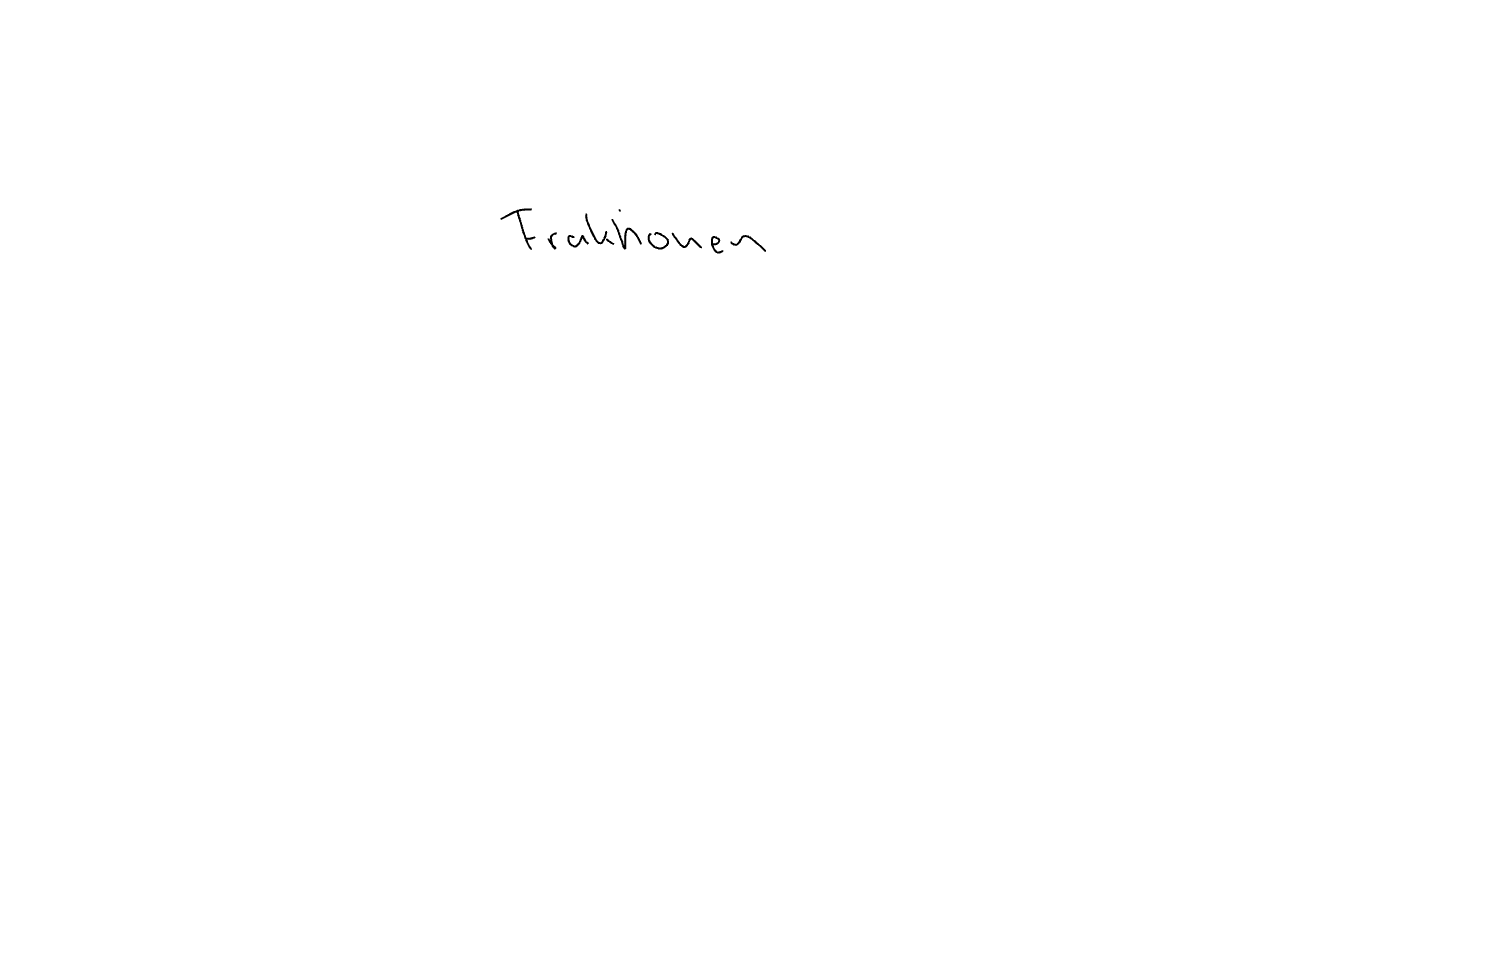
Text: Fraktionen